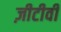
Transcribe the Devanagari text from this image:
ज़ीटीवी